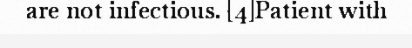
are not infectious. [4]Patient with